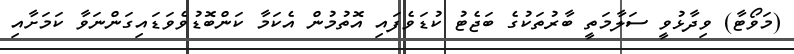
(މަވޯޓާ) ވިދާޅުވީ ސަލާމަތީ ބާރުތަކުގެ ބަޖެޓު ކުޑަވެފައި އޮތުމުން އެކަމާ ކަންބޮޑުވެވަޑައިގަންނަވާ ކަމަށާއި